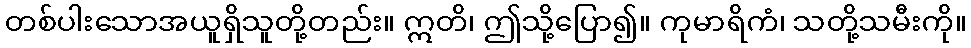
တစ်ပါးသောအယူရှိသူတို့တည်း။ ဣတိ၊ ဤသို့ပြော၍။ ကုမာရိကံ၊ သတို့သမီးကို။